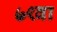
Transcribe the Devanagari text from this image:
७९वा